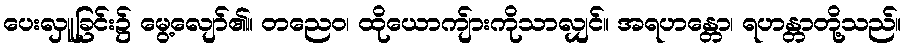
ပေးလှူခြင်း၌ မွေ့လျော်၏။ တညေဝ၊ ထိုယောကျ်ားကိုသာလျှင်။ အရဟန္တော၊ ရဟန္တာတို့သည်။